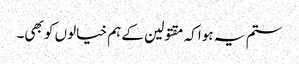
ستم یہ ہوا کہ مقتولین کے ہم خیالوں کو بھی۔